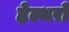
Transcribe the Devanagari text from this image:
हेल्थरो